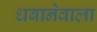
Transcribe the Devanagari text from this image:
धबानेवाला